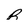
Character: R